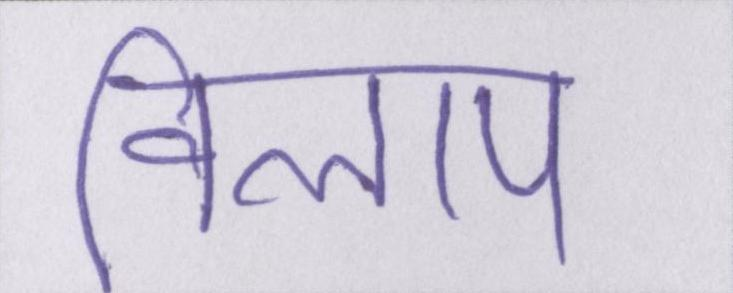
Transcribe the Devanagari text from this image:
विलाप